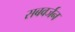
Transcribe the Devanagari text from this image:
सबवर्जन